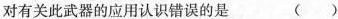
对有关此武器的应用认识错误的是 ( )